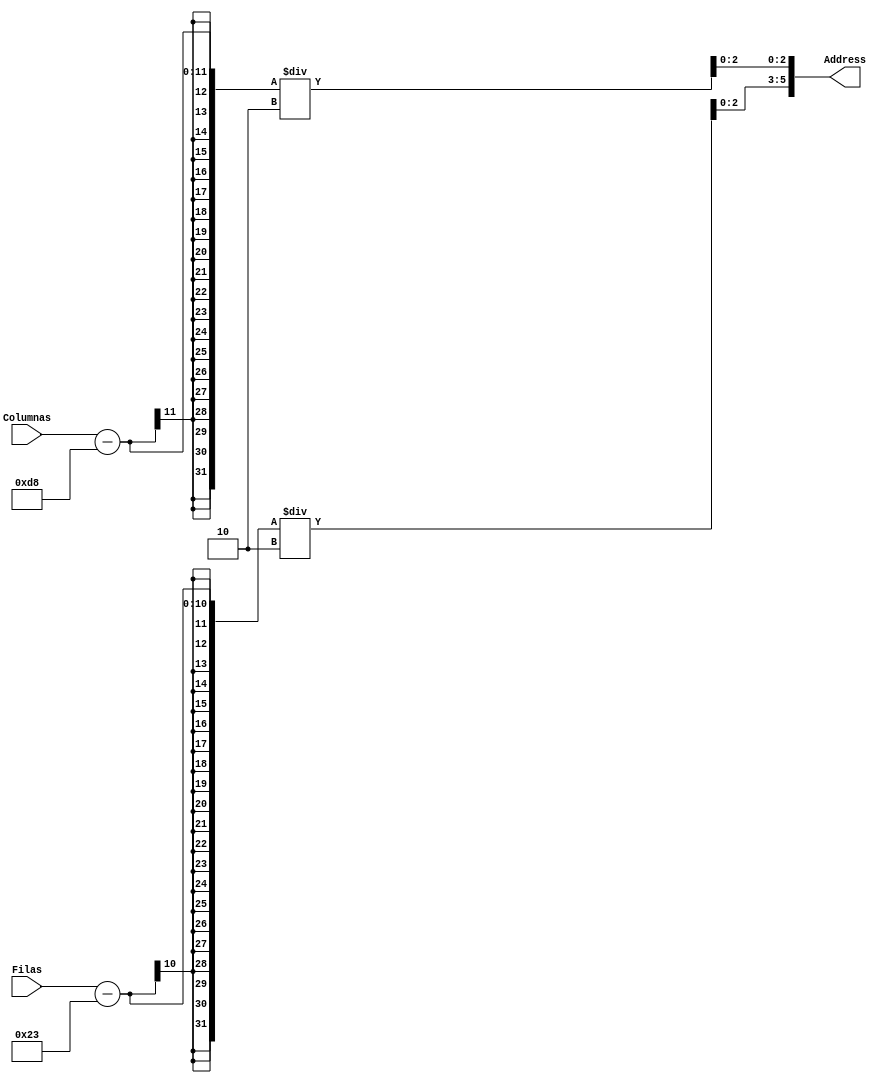



/** Crearemos en este mdulo el sistema de direccionamiento de los pxeles de la imagen
    En concreto, utilizaremos el modo de direccionamiento "X-Y". Donde los pxeles se encuentran ubicados 
    cuasi-consecutivamente y entre fila y fila se encuentran "log2(X)" equiespaciados.
**/
module direcc_texto(Filas, Columnas, Address);
// Declaramos entradas -->
input [9:0] Filas ;
input [10:0] Columnas ;
// Declaramos nica salida -->
output reg [5:0] Address ; // Como son 17 bits por la memoria utilizada... --> "[16:0]"
// Declaramos registros para parametrizarlos segn modo de direccionamiento usado.
reg [8:0]n ;
reg [7:0]m ;
// Iniciamos bloque procedural "always" con entradas como lista de sensibilidad.
always@(Columnas,Filas) 
begin 
      m = (Filas-35)/2 ; // Renderizacin de las filas. --> Back Porch_Y = 35
      n = (Columnas-216)/2 ; // Renderizacin de las columnas. --> Back Porch_X = 216
	  Address = {m[2:0],n[2:0]} ; // Parametrizamos la direccin donde buscar en la ROM.
end

endmodule